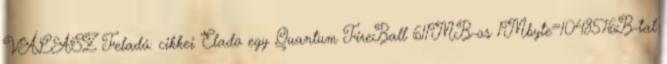
VÁLASZ Feladó: cikkei Elado egy Quantum FireBall 611MB-os 1Mbyte=1048576B-tal